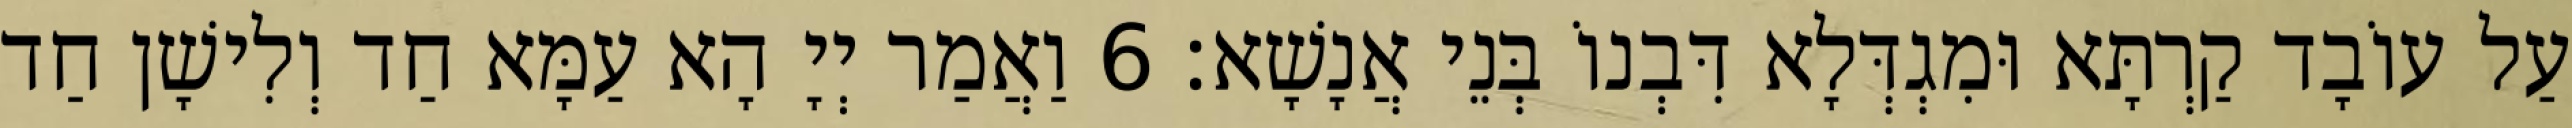
עַל עוֹבָד קַרְתָּא וּמִגְדְּלָא דִּבְנוֹ בְּנֵי אֲנָשָׁא׃ 6 וַאֲמַר יְיָ הָא עַמָּא חַד וְלִישָׁן חַד